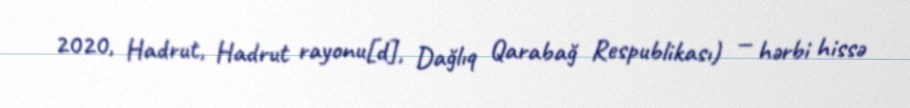
2020, Hadrut, Hadrut rayonu[d], Dağlıq Qarabağ Respublikası) — hərbi hissə